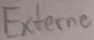
Text: Externe